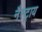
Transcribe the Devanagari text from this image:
नैस्ट्राय